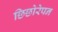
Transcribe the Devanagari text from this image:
छिछोरेपन